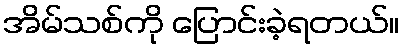
အိမ်သစ်ကို ပြောင်းခဲ့ရတယ်။